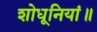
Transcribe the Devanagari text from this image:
शोधूनियां॥